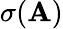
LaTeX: \sigma(\mathbf{A})